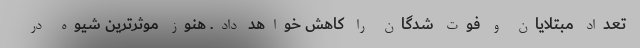
تعداد مبتلایان و فوت شدگان را کاهش خواهد داد. هنوز موثرترین شیوه در